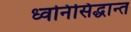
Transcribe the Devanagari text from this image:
ध्वनिसिद्धान्त